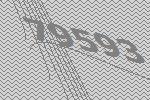
79593